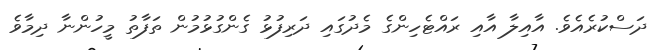
ދަސްކުރެއެވެ. އާއިލާ އާއި ރައްޓެހިންގެ މެދުގައި ދަރިފުޅު ގެންގުޅުމުން ތަފާތު މީހުންނާ ދިމާވެ